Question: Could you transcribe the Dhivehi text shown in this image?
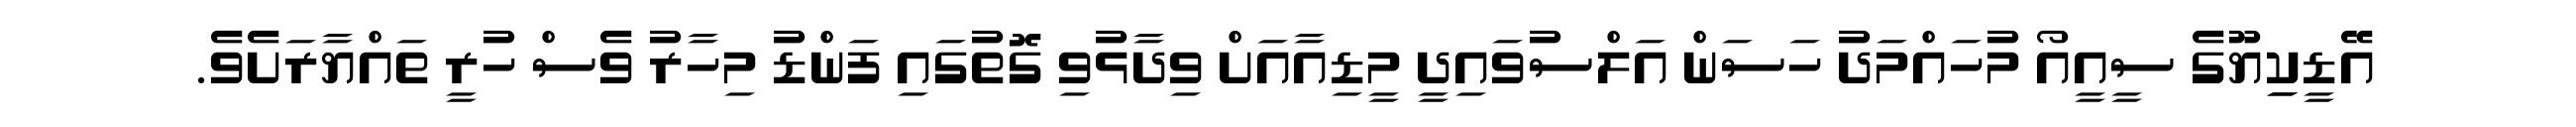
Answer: އޭޑީކިިޔޫގެ ސީއީއޯ މުހައްމަދު ހަސަން އަލްސުވައިދީ މީޑިއާއަށް ވިދާޅުވި ގޮތުގައި ފަންޑު މިހާރު ވެސް ހުރީ ތައްޔާރަށެވެ.